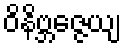
ဝိနိဗ္ဘဇ္ဇေယျ